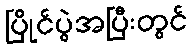
ပြိုင်ပွဲအပြီးတွင်